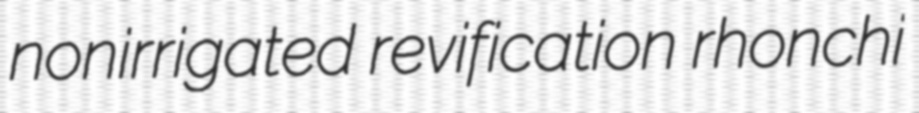
nonirrigated revification rhonchi